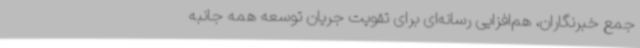
جمع خبرنگاران، هم‌افزایی رسانه‌ای برای تقویت جریان توسعه همه جانبه